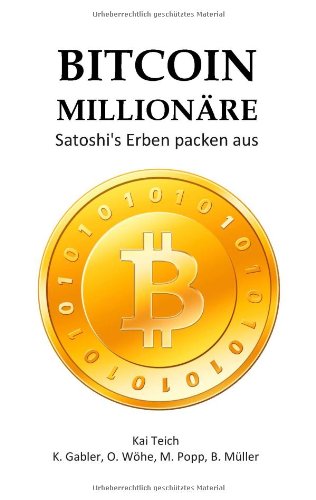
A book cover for Bitcoin MillionÃ¤re (German Edition); Kai Teich; Computers & Technology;